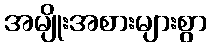
အမျိုးအစားများစွာ